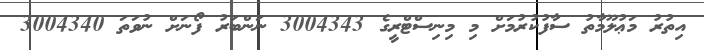
އިތުރު މަޢުލޫމާތު ސާފުކުރުމަށް މި މިނިސްޓްރީގެ 3004343 ނަންބަރު ފޯނަށް ނުވަތަ 3004340